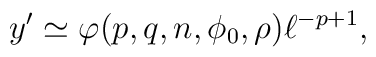
y'\simeq\varphi(p,q,n,\phi_0,\rho)\ell^{-p+1},